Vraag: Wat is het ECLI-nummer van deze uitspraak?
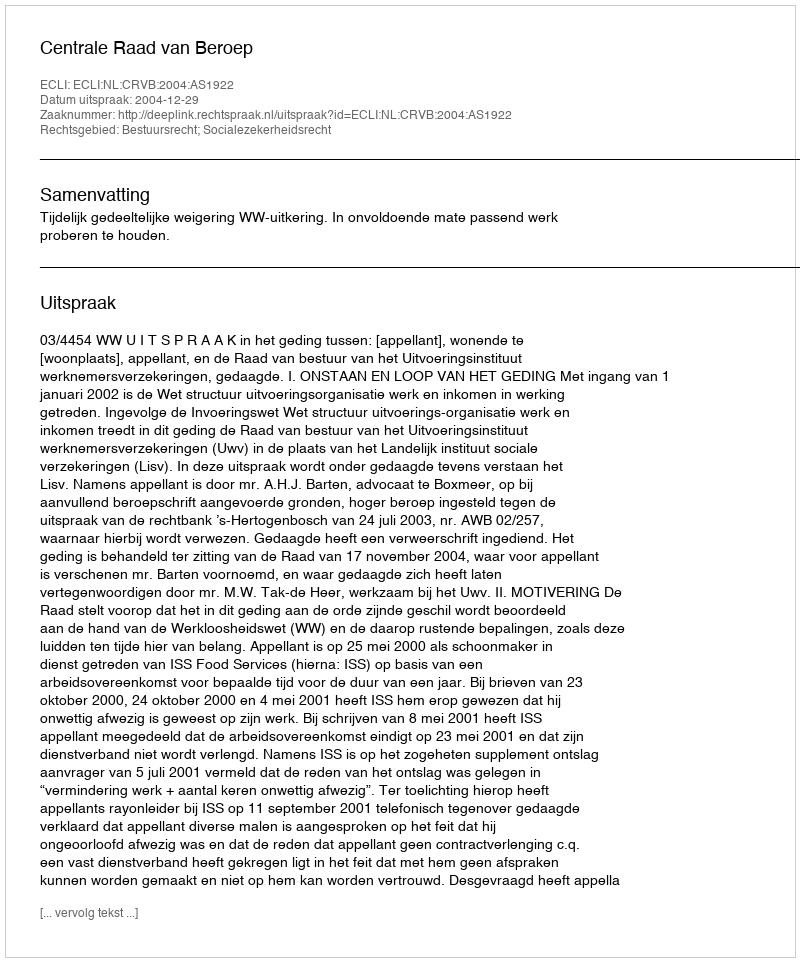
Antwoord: ECLI:NL:CRVB:2004:AS1922